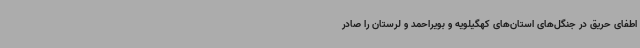
اطفای حریق در جنگل‌های استان‌های کهگیلویه و بویراحمد و لرستان را صادر